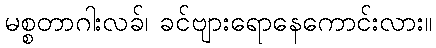
မစ္စတာဂါးလခ်၊ ခင်ဗျားရောနေကောင်းလား။